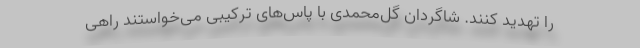
را تهدید کنند. شاگردان گل‌محمدی با پاس‌های ترکیبی می‌خواستند راهی